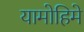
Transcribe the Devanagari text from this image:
यामोहिमे